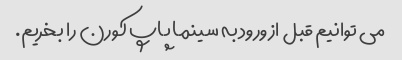
می توانیم قبل از ورود به سینما پاپ کورن را بخریم.